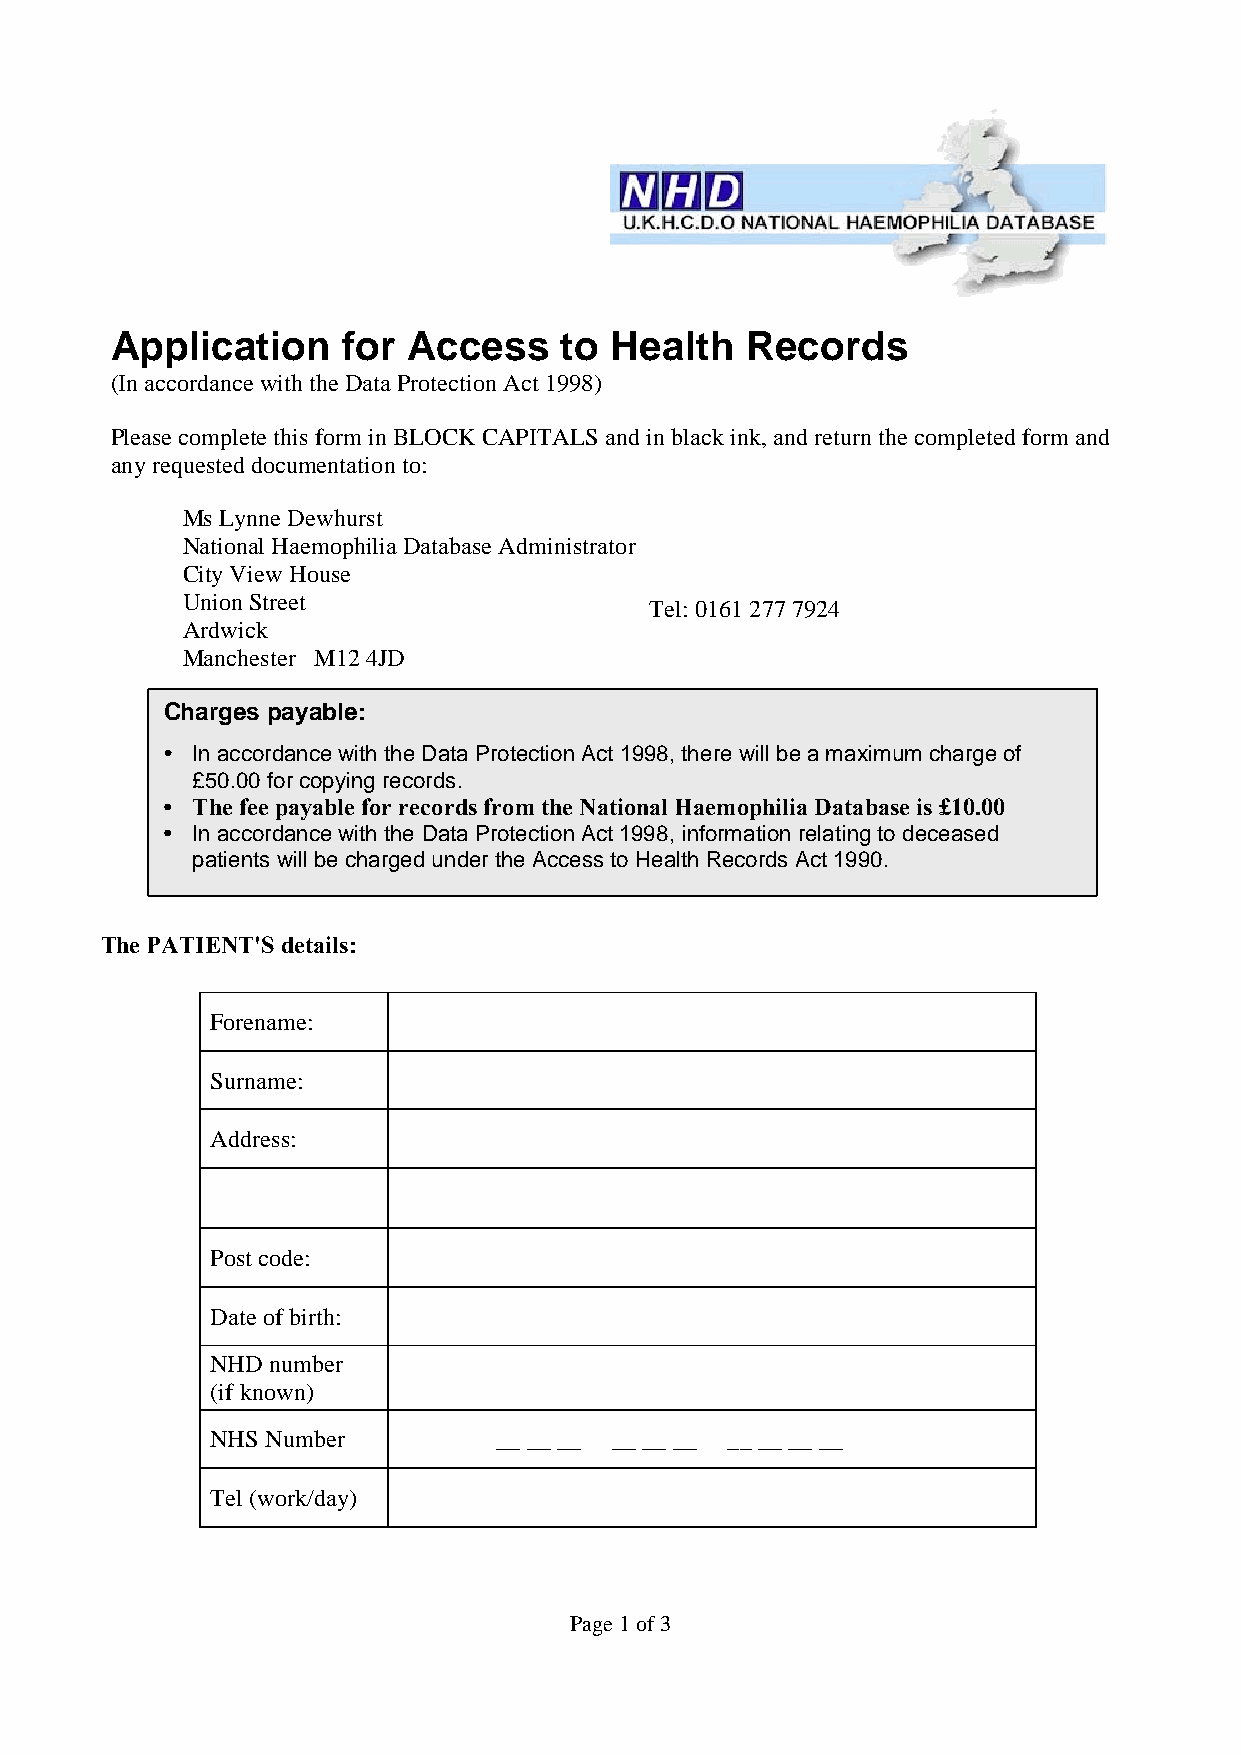
Application     for Access    to Health   Records
 (In accordance with the Data Protection Act 1998)
 Please complete this form in BLOCK CAPITALS and in black ink, and return the completed form and
 any requested documentation to:
 Ms Lynne Dewhurst
 National Haemophilia Database Administrator
 City View House
 Union Street
 Tel: 0161 277 7924
 Ardwick
 Manchester M12 4JD
 Ch arges payable:
 • In accordance with the Data Protection Act 1998, there will be a maximum charge of
 £50.00 for copying records.
 • The fee payable for records from the National Haemophilia Database is £10.00
 • In accordance with the Data Protection Act 1998, information relating to deceased
 patients will be charged under the Access to Health Records Act 1990.
 The PATIENT'S details:
 Forename:
 Surname:
 Address:
 Post code:
 Date of birth:
 NHD number
 (if known)
 NHS Number         __ __ __ __ __ __ __ __ __ __
 Tel (work/day)
 Page 1 of 3